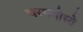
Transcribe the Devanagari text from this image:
चरणयोस्ते